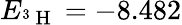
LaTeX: E_{^3\mathrm{~H~}}=-8.482